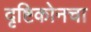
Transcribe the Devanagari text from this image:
दृष्टिकोनचा